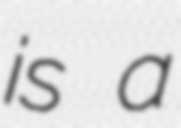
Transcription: is a